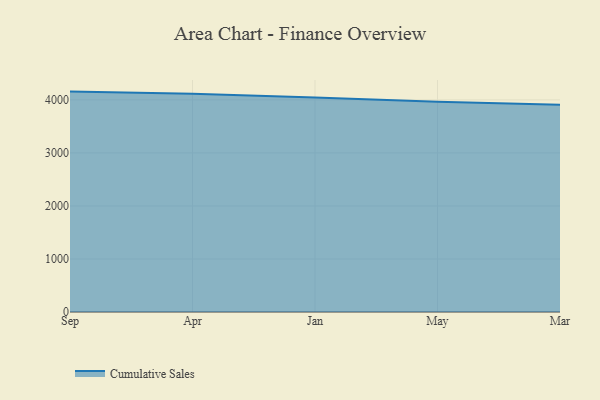
{"axis": {"x": "Month", "y": "Energy Usage (MWh)"}, "legend": ["Cumulative Sales"], "data": [{"x": "Sep", "y": 4156.3, "type": "Cumulative Sales"}, {"x": "Apr", "y": 4117.3, "type": "Cumulative Sales"}, {"x": "Jan", "y": 4044.6, "type": "Cumulative Sales"}, {"x": "May", "y": 3963.7, "type": "Cumulative Sales"}, {"x": "Mar", "y": 3908.7, "type": "Cumulative Sales"}]}